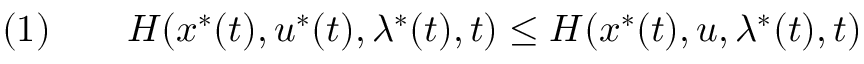
( 1 ) \qquad H ( x ^ { * } ( t ) , u ^ { * } ( t ) , \lambda ^ { * } ( t ) , t ) \leq H ( x ^ { * } ( t ) , u , \lambda ^ { * } ( t ) , t )